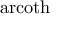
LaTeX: \operatorname { a r c o t h }